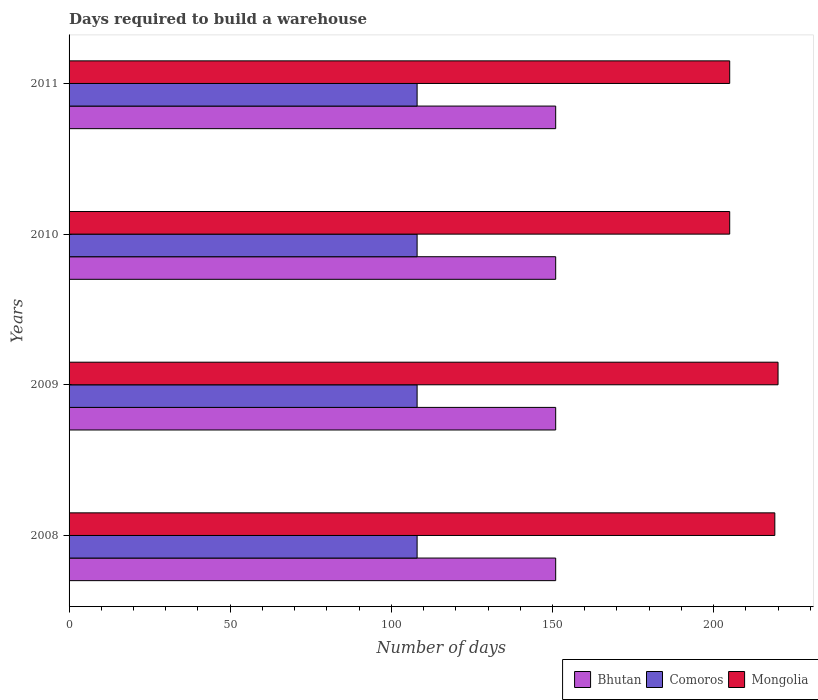
| Years | Bhutan | Comoros | Mongolia |
 | --- | --- | --- | --- |
 | 2008 | 151 | 108 | 219 |
 | 2009 | 151 | 108 | 220 |
 | 2010 | 151 | 108 | 205 |
 | 2011 | 151 | 108 | 205 |